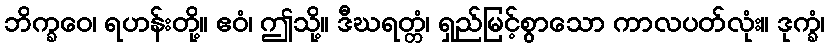
ဘိက္ခဝေ၊ ရဟန်းတို့။ ဧဝံ၊ ဤသို့။ ဒီဃရတ္တံ၊ ရှည်မြင့်စွာသော ကာလပတ်လုံး။ ဒုက္ခံ၊